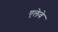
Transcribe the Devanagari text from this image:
एलेवे